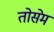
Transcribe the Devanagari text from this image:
तोसेम